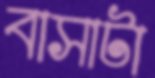
বাসাটা